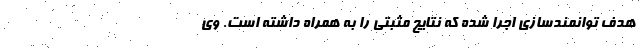
هدف توانمندسازی اجرا شده که نتایج مثبتی را به همراه داشته است. وی